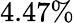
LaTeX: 4.47\%